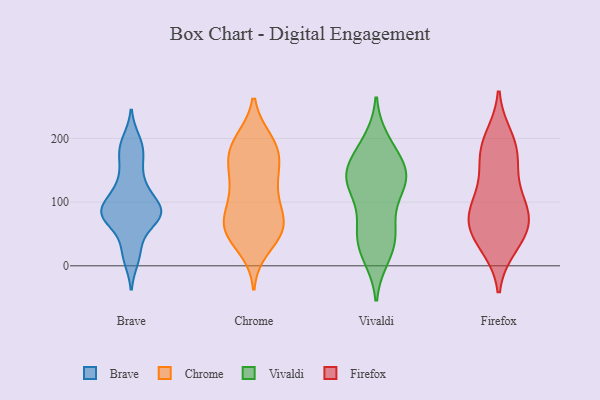
{"axis": {"x": "Population (Million)", "y": "Value"}, "legend": ["Brave", "Chrome", "Firefox", "Vivaldi"], "data": [{"x": "", "y": 196, "type": "Brave"}, {"x": "", "y": 89, "type": "Brave"}, {"x": "", "y": 86, "type": "Brave"}, {"x": "", "y": 79, "type": "Brave"}, {"x": "", "y": 75, "type": "Brave"}, {"x": "", "y": 27, "type": "Brave"}, {"x": "", "y": 81, "type": "Brave"}, {"x": "", "y": 168, "type": "Brave"}, {"x": "", "y": 129, "type": "Brave"}, {"x": "", "y": 181, "type": "Brave"}, {"x": "", "y": 95, "type": "Brave"}, {"x": "", "y": 125, "type": "Brave"}, {"x": "", "y": 76, "type": "Brave"}, {"x": "", "y": 12, "type": "Brave"}, {"x": "", "y": 131, "type": "Chrome"}, {"x": "", "y": 166, "type": "Chrome"}, {"x": "", "y": 87, "type": "Chrome"}, {"x": "", "y": 65, "type": "Chrome"}, {"x": "", "y": 29, "type": "Chrome"}, {"x": "", "y": 69, "type": "Chrome"}, {"x": "", "y": 65, "type": "Chrome"}, {"x": "", "y": 56, "type": "Chrome"}, {"x": "", "y": 183, "type": "Chrome"}, {"x": "", "y": 196, "type": "Chrome"}, {"x": "", "y": 192, "type": "Chrome"}, {"x": "", "y": 51, "type": "Chrome"}, {"x": "", "y": 132, "type": "Chrome"}, {"x": "", "y": 121, "type": "Chrome"}, {"x": "", "y": 105, "type": "Chrome"}, {"x": "", "y": 163, "type": "Chrome"}, {"x": "", "y": 195, "type": "Chrome"}, {"x": "", "y": 49, "type": "Chrome"}, {"x": "", "y": 63, "type": "Chrome"}, {"x": "", "y": 166, "type": "Chrome"}, {"x": "", "y": 158, "type": "Vivaldi"}, {"x": "", "y": 115, "type": "Vivaldi"}, {"x": "", "y": 31, "type": "Vivaldi"}, {"x": "", "y": 127, "type": "Vivaldi"}, {"x": "", "y": 169, "type": "Vivaldi"}, {"x": "", "y": 156, "type": "Vivaldi"}, {"x": "", "y": 67, "type": "Vivaldi"}, {"x": "", "y": 145, "type": "Vivaldi"}, {"x": "", "y": 196, "type": "Vivaldi"}, {"x": "", "y": 43, "type": "Vivaldi"}, {"x": "", "y": 19, "type": "Vivaldi"}, {"x": "", "y": 192, "type": "Vivaldi"}, {"x": "", "y": 138, "type": "Vivaldi"}, {"x": "", "y": 14, "type": "Vivaldi"}, {"x": "", "y": 53, "type": "Vivaldi"}, {"x": "", "y": 134, "type": "Vivaldi"}, {"x": "", "y": 128, "type": "Vivaldi"}, {"x": "", "y": 130, "type": "Vivaldi"}, {"x": "", "y": 67, "type": "Vivaldi"}, {"x": "", "y": 38, "type": "Firefox"}, {"x": "", "y": 184, "type": "Firefox"}, {"x": "", "y": 65, "type": "Firefox"}, {"x": "", "y": 90, "type": "Firefox"}, {"x": "", "y": 178, "type": "Firefox"}, {"x": "", "y": 57, "type": "Firefox"}, {"x": "", "y": 103, "type": "Firefox"}, {"x": "", "y": 125, "type": "Firefox"}, {"x": "", "y": 78, "type": "Firefox"}, {"x": "", "y": 200, "type": "Firefox"}, {"x": "", "y": 165, "type": "Firefox"}, {"x": "", "y": 32, "type": "Firefox"}, {"x": "", "y": 71, "type": "Firefox"}]}